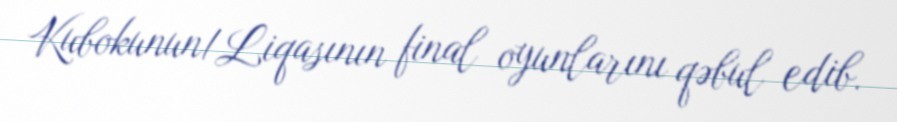
Kubokunun/Liqasının final oyunlarını qəbul edib.